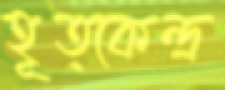
হূত্কেন্দ্র